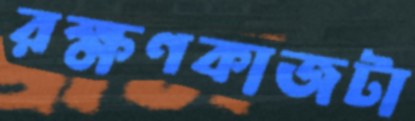
রক্ষণকাজটা